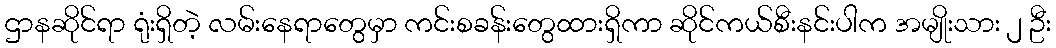
ဌာနဆိုင်ရာ ရုံးရှိတဲ့ လမ်းနေရာတွေမှာ ကင်းစခန်းတွေထားရှိကာ ဆိုင်ကယ်စီးနင်းပါက အမျိုးသား ၂ ဦး